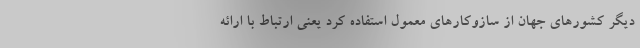
دیگر کشورهای جهان از سازوکارهای معمول استفاده کرد یعنی ارتباط با ارائه